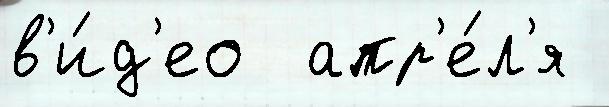
в'и́д'ео  апр'е́л'я